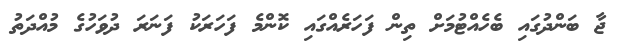
ޖާ ބަންދުގައި ބެހެއްޓުމަށް ތިން ފަހަރެއްގައި ކޮންމެ ފަހަރަކު ފަނަރަ ދުވަހުގެ މުއްދަތު